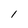
Character: l